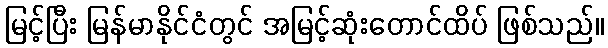
မြင့်ပြီး မြန်မာနိုင်ငံတွင် အမြင့်ဆုံးတောင်ထိပ် ဖြစ်သည်။